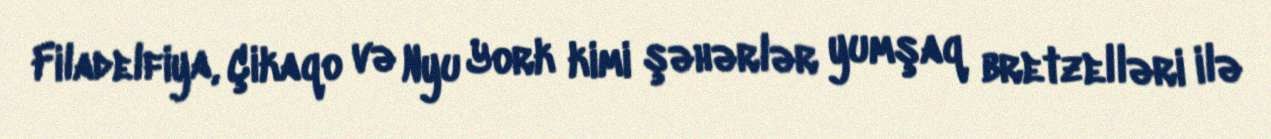
Filadelfiya, Çikaqo və Nyu York kimi şəhərlər yumşaq bretzelləri ilə